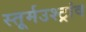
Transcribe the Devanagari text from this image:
स्तूर्मउश्ट्रांव